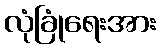
လုံခြုံရေးအား